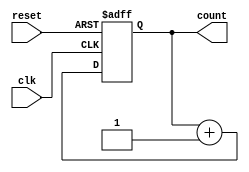
module UpCounterMoore #(
    parameter N = 4  // Parameter to define the bit-width of the counter
)(
    input wire clk,      // Clock input
    input wire reset,    // Asynchronous reset input
    output reg [N-1:0] count // N-bit output representing the current count
);

// Always block triggered on the rising edge of the clock or the reset signal
always @(posedge clk or posedge reset) begin
    if (reset) begin
        count <= 0; // Reset the counter to 0
    end else begin
        count <= count + 1; // Increment the counter
    end
end

endmodule